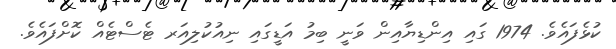
ކުޅެފައެވެ. 1974 ގައި އިންޑިޔާއިން ވަނީ ބިމު އަޑީގައި ނިއުކުލިއަރ ޓެސްޓެއް ކޮށްފައެވެ.